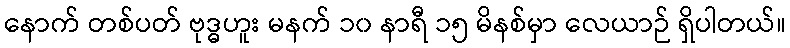
နောက် တစ်ပတ် ဗုဒ္ဓဟူး မနက် ၁၀ နာရီ ၁၅ မိနစ်မှာ လေယာဉ် ရှိပါတယ်။